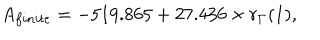
LaTeX: A _ { f i n i t e } = - 5 1 9 . 8 6 5 + 2 7 . 4 3 6 \times r _ { \Gamma } ( 1 ) ,